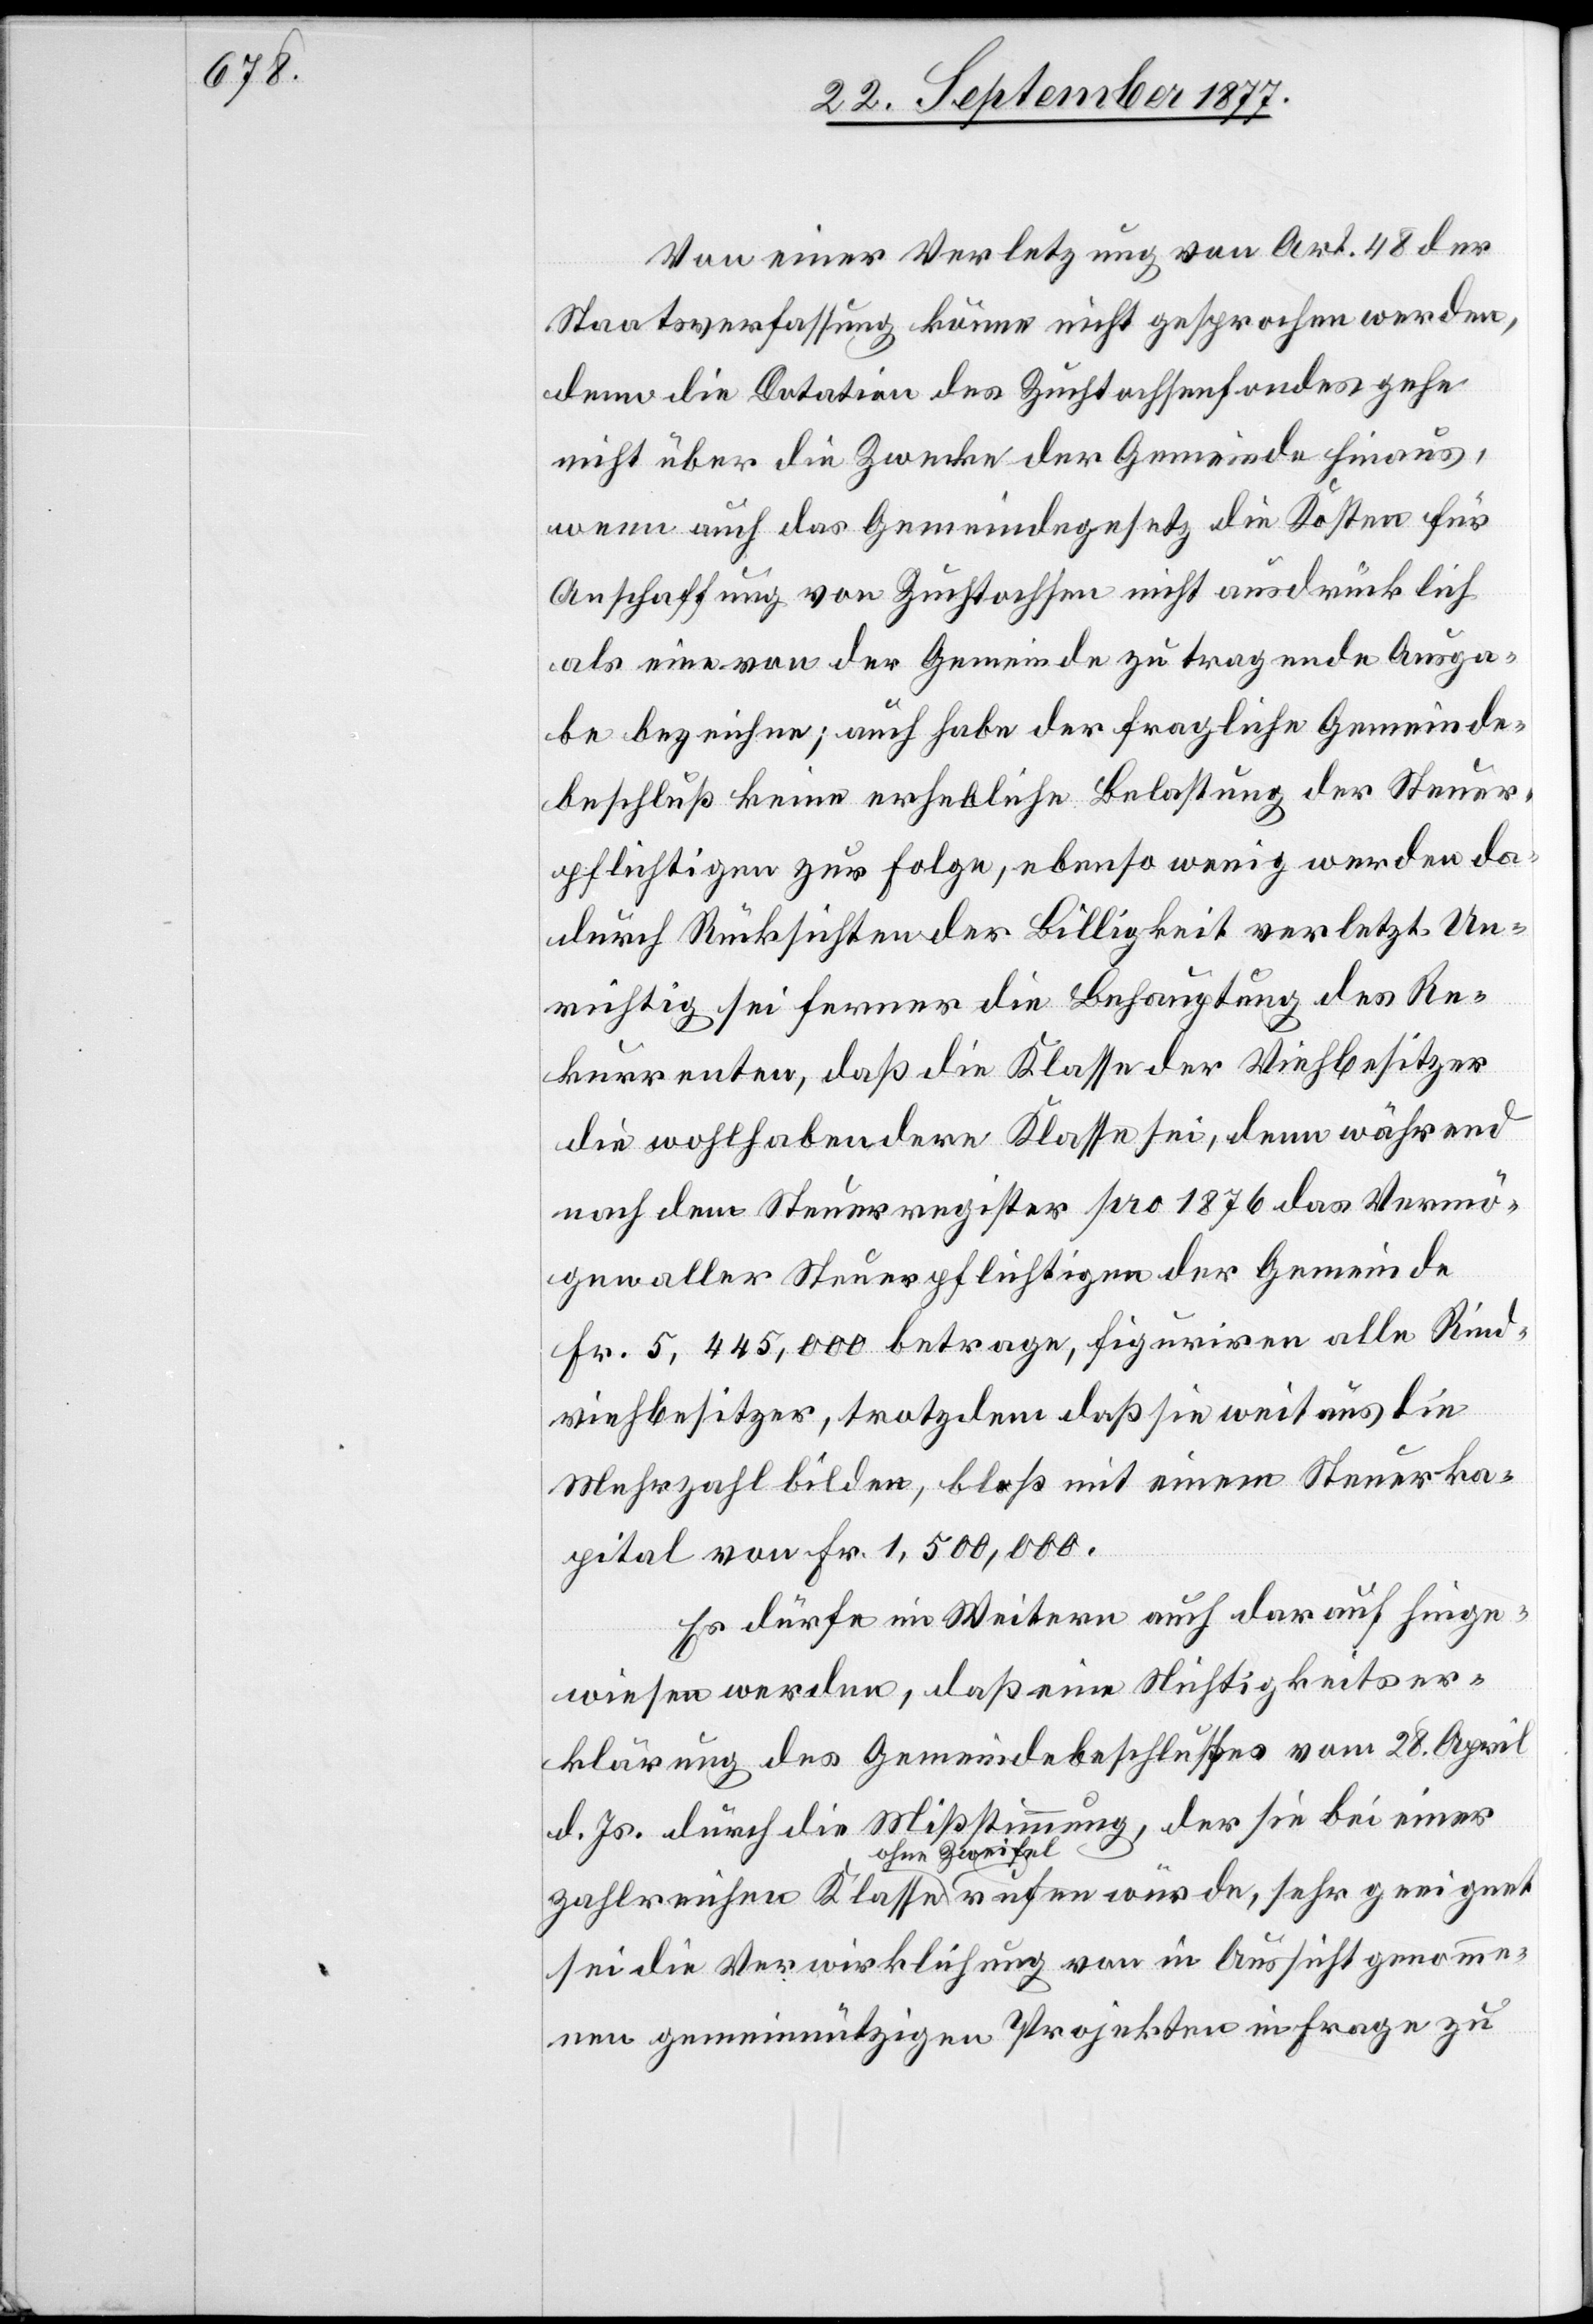
Von einer Verletzung von Art. 48 der
Staatsverfassung könne nicht gesprochen werden,
denn die Dotation des Zuchtochsenfondes gehe
nicht über die Zwecke der Gemeinde hinaus,
wenn auch das Gemeindegesetz die Kosten für
Anschaffung von Zuchtochsen nicht ausdrücklich
als eine von der Gemeinde zu tragende Ausga¬
be bezeichne; auch habe der fragliche Gemeinde¬
beschluß keine erhebliche Belastung der Steuer¬
pflichtigen zur Folge, ebenso wenig werden da¬
durch Rücksichten der Billigkeit verletzt. Un¬
richtig sei ferner die Behauptung des Re¬
kurrenten, daß die Klasse der Viehbesitzer
die wohlhabendere Klasse sei, denn während
nach dem Steuerregister pro 1876 das Vermö¬
gen aller Steuerpflichtigen der Gemeinde
Fr. 5,445,000 betrage, figuriren alle Rind¬
viehbesitzer, trotzdem daß sie weitaus die
Mehrzahl bilden, bloß mit einem Steuerka¬
pital von Fr. 1,500,000.
Es dürfe im Weitern auch darauf hinge¬
wiesen werden, daß eine Nichtigkeitser¬
klärung des Gemeindebeschlusses vom 28. April
d. Js. durch die Mißstimmung, der sie bei einer
zahlreichen Klasse ohne Zweifel rufen würde, sehr geeignet
sei die Verwirklichung von in Aussicht genomme¬
nen gemeinnützigen Projekten in Frage zu